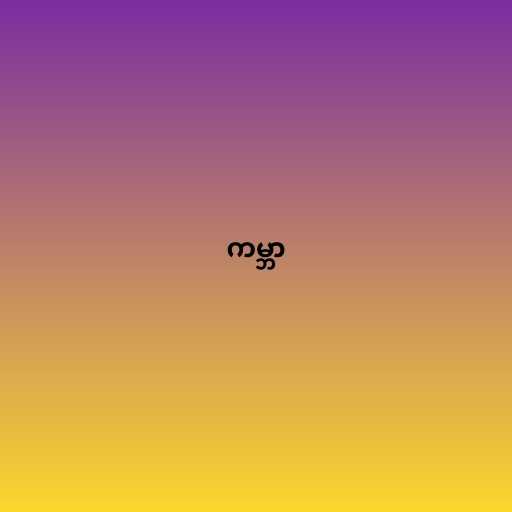
ကမ္ဘာ